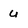
Character: u